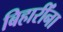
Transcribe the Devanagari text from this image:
बिहारींना